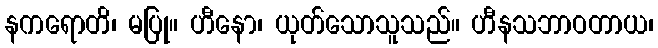
နကရောတိ၊ မပြု။ ဟီနော၊ ယုတ်သောသူသည်။ ဟီနသဘာဝတာယ၊